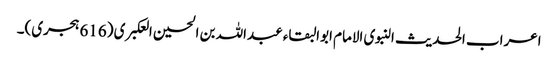
اعراب الحدیث النبوی الامام ابوالبقاء عبداللہ بن الحسین العکبری (616 ہجری)۔